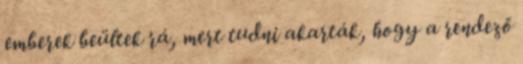
emberek beültek rá, mert tudni akarták, hogy a rendező